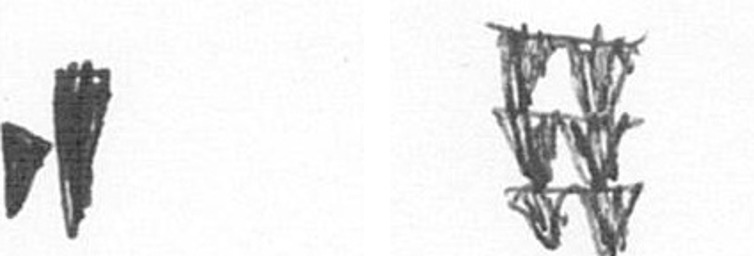
M Y